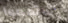
إستمعوا